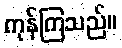
ကုန်ကြသည်။